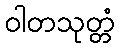
ဝါတသုတ္တံ